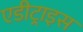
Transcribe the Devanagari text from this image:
एडीट्राइस